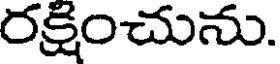
రక్షించును.